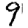
Digit: 9